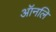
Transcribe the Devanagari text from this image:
ऑनलि